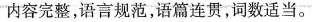
内容完整,语言规范,语篇连贯,词数适当